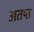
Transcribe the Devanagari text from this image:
अतप्त